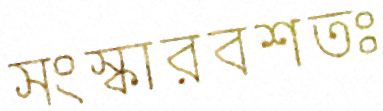
সংস্কারবশতঃ